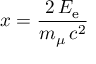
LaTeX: x = { \frac { 2 \, E _ { \mathrm { e } } } { m _ { \mu } \, c ^ { 2 } } }